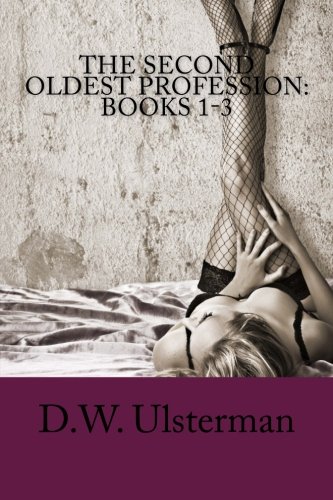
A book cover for THE SECOND OLDEST PROFESSION:  Books 1-3; D.W. Ulsterman; Literature & Fiction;